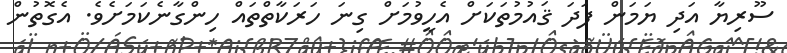
ސޫރިޔާ އަދި ޔަމަން ފަދަ ޤައުމުތަކަށް އެހީވުމަށް ގިނަ ހަރަކާތްތައް ހިންގާނެކަމަށެވެ. އެގޮތުން